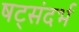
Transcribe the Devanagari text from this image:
षट्संदर्भ